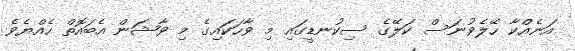
އަނެއްކާ ހޭލެވުނަސް ކަލޭގެ ސިކުނޑީގައި މި ވާހަކައިގެ މި ވާޝަން އެބައޮތް ހެއްޔެވެ